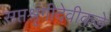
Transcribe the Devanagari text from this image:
सप्तश्रृंगीदेवीकडे